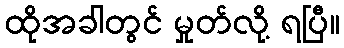
ထိုအခါတွင် မှုတ်လို့ ရပြီ။